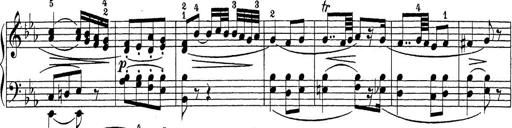
Title: Sonatina Album
Composer: Louis KÃ¶hler